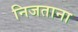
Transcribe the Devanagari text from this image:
निजताना